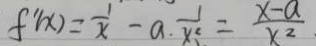
f ^ { \prime } ( x ) = \frac { 1 } { x } - a \cdot \frac { 1 } { x ^ { 2 } } = \frac { x - a } { x ^ { 2 } } .